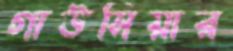
গাউসিয়ার